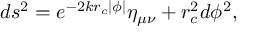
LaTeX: d s ^ { 2 } = e ^ { - 2 k r _ { c } \left| \phi \right| } \eta _ { \mu \nu } + r _ { c } ^ { 2 } d \phi ^ { 2 } ,